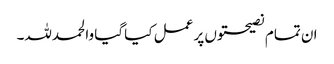
ان تمام نصیحتوں پر عمل کیا گیا والحمدللہ۔